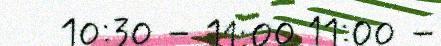
10:30 – 11:00 11:00 –